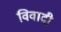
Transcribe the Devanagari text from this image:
विवादी